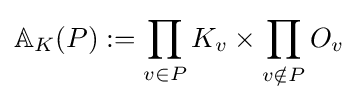
\mathbb {A} _{K}(P):=\prod _{v\in P}K_{v}\times \prod _{v\notin P}O_{v}